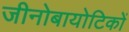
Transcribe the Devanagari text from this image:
जीनोबायोटिकों